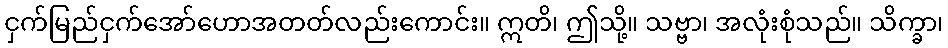
ငှက်မြည်ငှက်အော်ဟောအတတ်လည်းကောင်း။ ဣတိ၊ ဤသို့။ သဗ္ဗာ၊ အလုံးစုံသည်။ သိက္ခာ၊